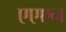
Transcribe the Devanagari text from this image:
एएएन